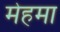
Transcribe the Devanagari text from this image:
मेहमा